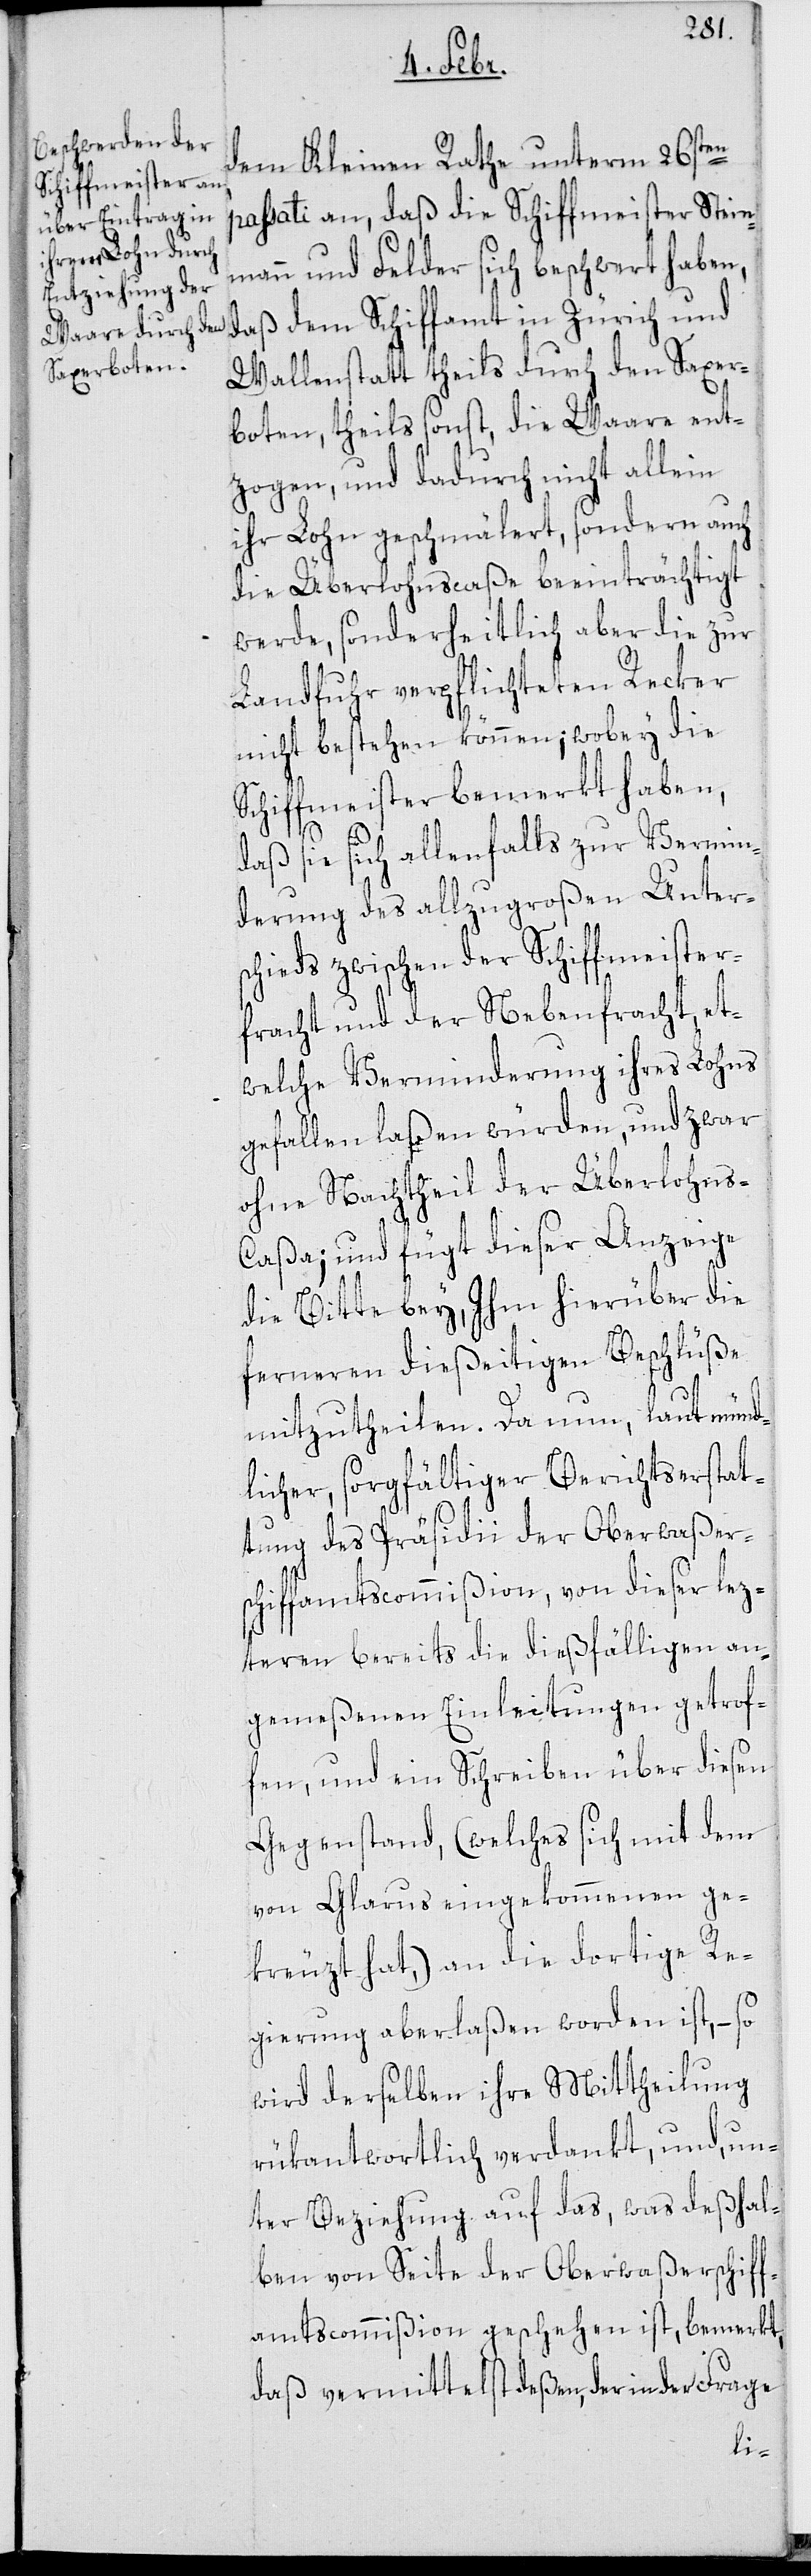
dem Kleinen Rathe unterm 26sten
passati an, daß die Schiffmeister Stein¬
mann und Felder sich beschwert haben,
daß dem Schiffamt in Zürich und
Wallenstatt theils durch den Saxer¬
boten, theils sonst, die Waare ent¬
zogen, und dadurch nicht allein
ihr Lohn geschmälert, sondern auch
die Überlohnscaße beeinträchtigt
werde, sonderheitlich aber die zur
Landfuhr verpflichteten Recker
nicht bestehen können; wobey die
Schiffmeister bemerkt haben,
daß sie sich allenfalls zur Vermin¬
derung des allzugroßen Unter¬
schieds zwischen der Schiffmeister¬
fracht und der Nebenfracht, et¬
welche Verminderung ihres Lohns
gefallen laßen würden, und zwar
ohne Nachtheil der Überlohns-C¬
aßa; und fügt dieser Anzeige
die Bitte bey, Ihm hierüber die
ferneren dießeitigen Beschlüße
mitzutheilen. Da nun, laut münd¬
licher sorgfältiger Berichtserstat¬
tung des Präsidii der Oberwaßer¬
schiffamtscommißion, von dieser lez¬
teren bereits die dießfälligen an¬
gemeßenen Einleitungen getrof¬
fen, und ein Schreiben über diesen
Gegenstand, (welches sich mit dem
von Glarus eingekommenen ge¬
kreuzt hat), an die dortige Re¬
gierung aberlaßen worden ist, – so
wird derselben ihre Mittheilung
rükantwortlich verdankt, und, un¬
ter Beziehung auf das, was deßhal¬
ben von Seite der Oberwaßerschiff¬
amtscommißion geschehen ist, bemerkt,
daß vermittelst deßen der in der Frage